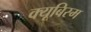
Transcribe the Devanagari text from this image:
क्यूबिस्म